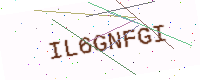
Text: IL6GNFGI